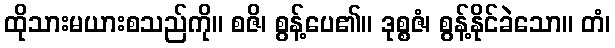
ထိုသားမယားစသည်ကို။ စဇိ၊ စွန့်ပေ၏။ ဒုစ္စဇံ၊ စွန့်နိုင်ခဲသော။ တံ၊